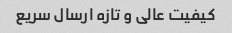
کیفیت عالی و تازه ارسال سریع